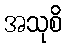
အသုစိ